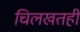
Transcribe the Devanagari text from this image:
चिलखतही